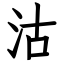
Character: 沽